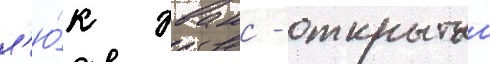
л'ю́к эванс - открытыи